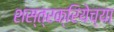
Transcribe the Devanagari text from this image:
शस्त्रक्रियेच्या